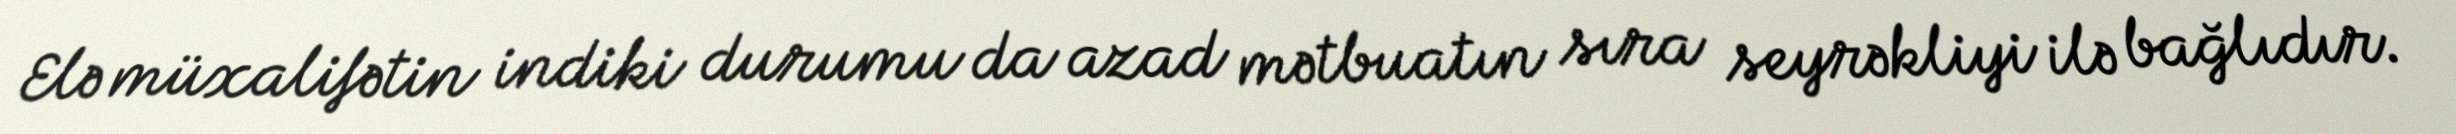
Elə müxalifətin indiki durumu da azad mətbuatın sıra seyrəkliyi ilə bağlıdır.